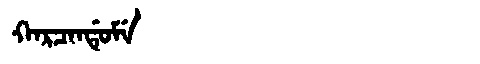
Manchu: ᡴᠠᡵᠴᠠᠨᡩᡠᠮᡝ
Romanization: KARCANDUME